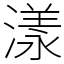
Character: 漾